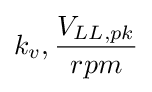
k_{v},{\frac {V_{LL,pk}}{rpm}}